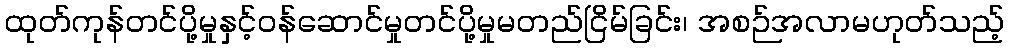
ထုတ်ကုန်တင်ပို့မှုနှင့်ဝန်ဆောင်မှုတင်ပို့မှုမတည်ငြိမ်ခြင်း၊ အစဉ်အလာမဟုတ်သည့်